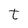
Character: t